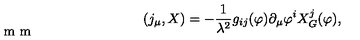
( j _ { \mu } , X ) = - { \frac { 1 } { \lambda ^ { 2 } } } g _ { i j } ( \varphi ) \partial _ { \mu } \varphi ^ { i } X _ { G } ^ { j } ( \varphi ) , \vspace { - 2 m m }